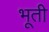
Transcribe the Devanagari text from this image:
भूती